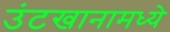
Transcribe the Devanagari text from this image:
उंटखानामध्ये